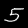
Label: 5